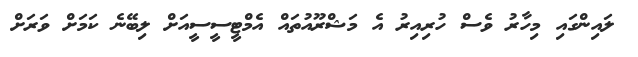
ލައިންގައި މިހާރު ވެސް ހުރިއިރު އެ މަޝްރޫއުތައް އެމްޓީސީސީއަށް ލިބޭނެ ކަމަށް ވަރަށް